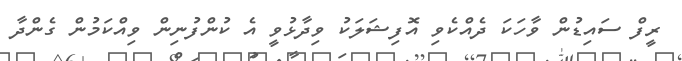
ރީފް ސައިޑުން ވާހަކަ ދެއްކެވި އޮފިޝަލަކު ވިދާޅުވީ އެ ކުންފުނިން ވިއްކަމުން ގެންދާ